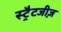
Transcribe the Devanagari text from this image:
स्ट्रैटजीज़